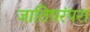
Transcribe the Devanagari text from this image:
जातिपरंपरा